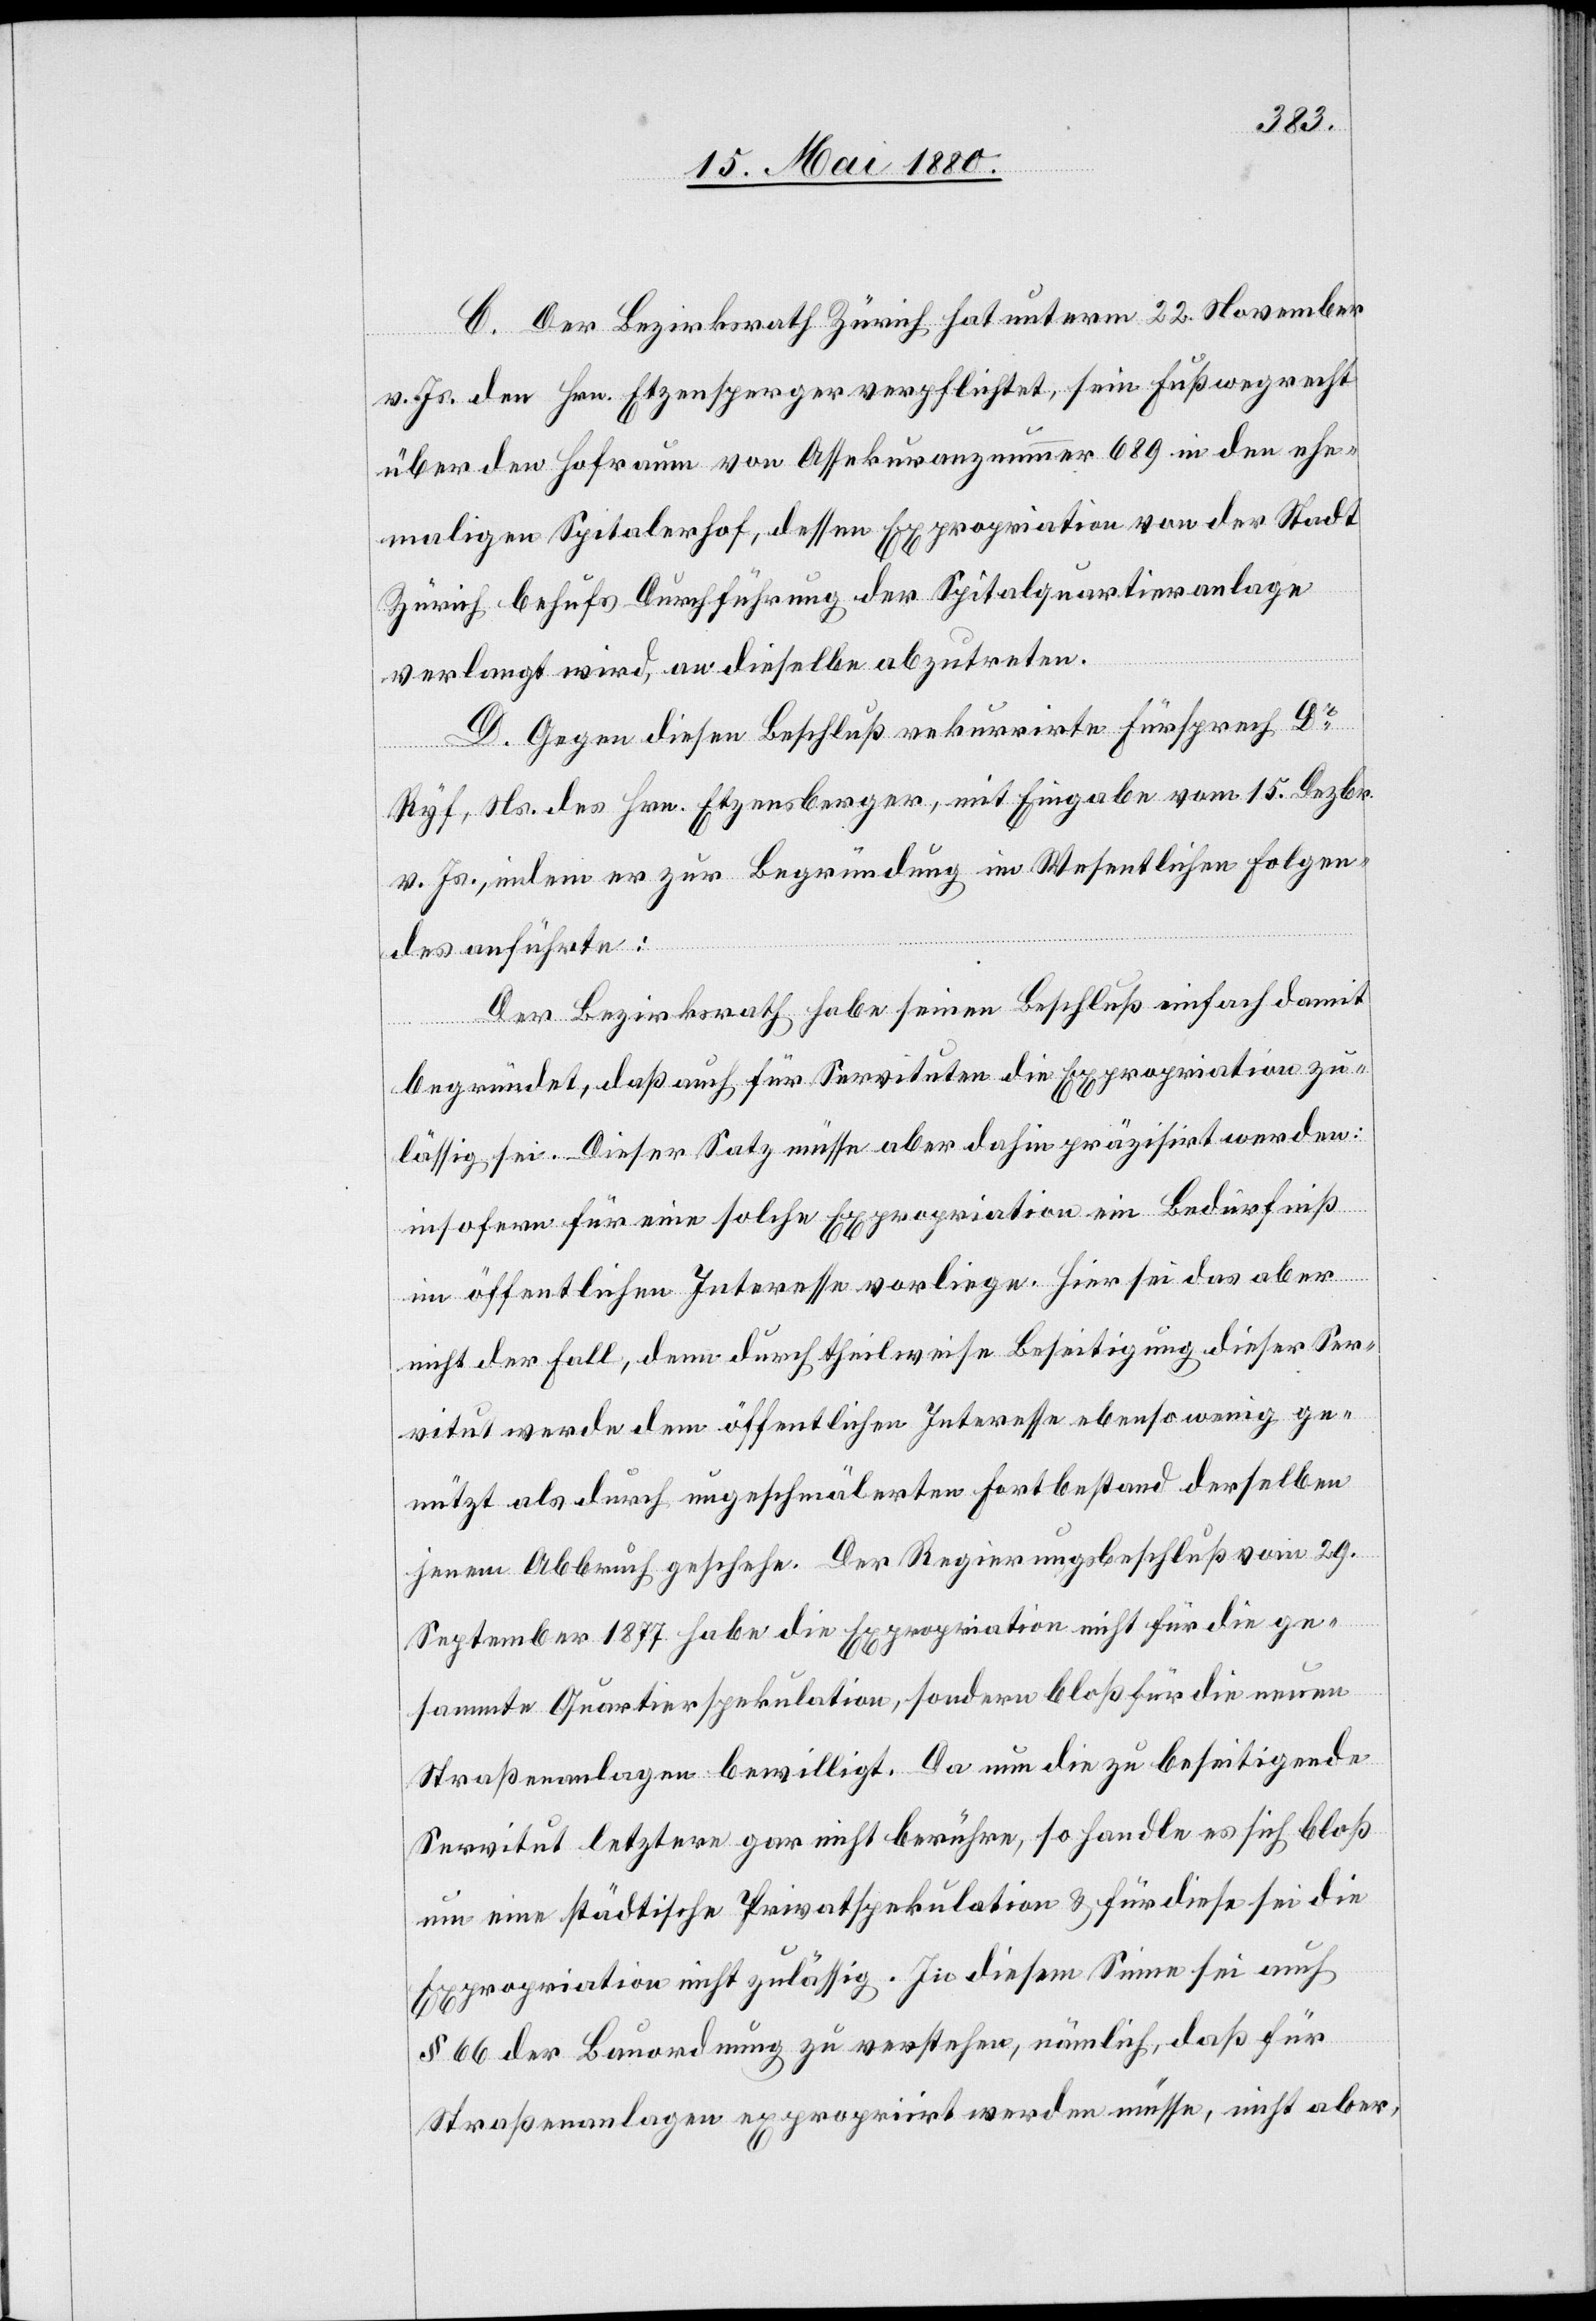
C. Der Bezirksrath Zürich hat unterm 22. November
v. Js. den Hrn. Etzensperger verpflichtet, sein Fußwegrecht
über den Hofraum von Assekuranznummer 689 in den ehe¬
maligen Spitalerhof, dessen Expropriation von der Stadt
Zürich, behufs Durchführung der Spitalquartieranlage
verlangt wird, an dieselbe abzutreten.
D. Gegen diesen Beschluß rekurrirte Fürsprech Dr
Ryf, Ns. des Hrn. Etzensperger, mit Eingabe vom 15. Dezbr.
v. Js., indem er zur Begründung im Wesentlichen folgen¬
des anführte:
Der Bezirksrath habe seinen Beschluß einfach damit
begründet, daß auch für Servitute die Expropriation zu¬
lässig sei. Dieser Satz müsse dahin präzisirt werden:
insofern für eine solche Expropriation ein Bedürfniß
im öffentlichen Interesse vorliege. Hier sei das aber
nicht der Fall, denn durch theilweise Beseitigung dieser Ser¬
vitut werde dem öffentlichen Interesse ebensowenig ge¬
nützt als durch ungeschmälerten Fortbestand derselben
jenem Abbruch geschehe. Der Regierungsbeschluß vom 29.
September 1877 habe die Expropriation nicht für die ge¬
sammte Quartierspekulation, sondern bloß für die neuen
Straßenanlagen bewilligt. Da nun die zu beseitigende
Servitut letztere gar nicht berühre, so handle es sich bloß
um eine städtische Privatspekulation & für diese sei die
Expropriation nicht zulässig. In diesem Sinne sei auch
§ 66 der Bauordnung zu verstehen, nämlich daß für
Straßenanlagen expropriirt werden müsse, nicht aber,